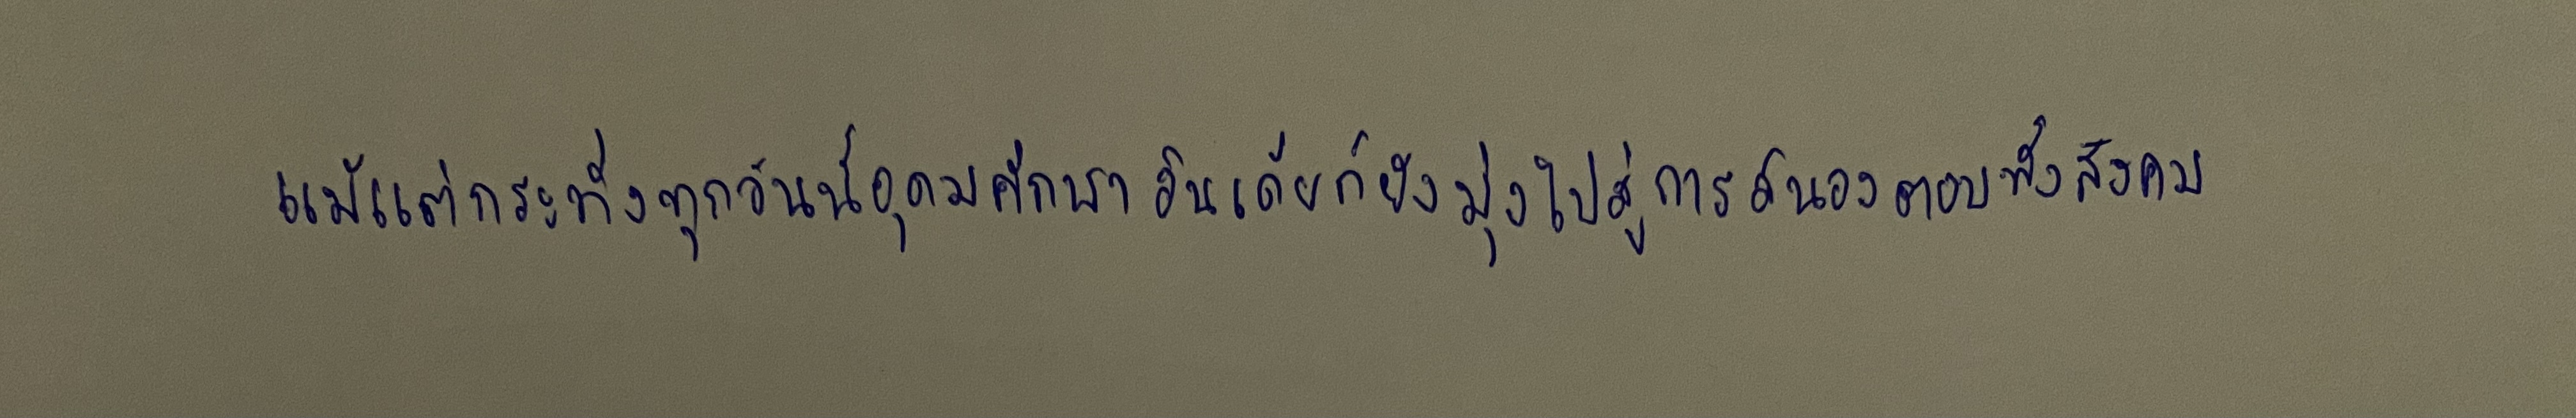
แม้แต่กระทั่งทุกวันนี้อุดมศึกษาอินเดียก็ยังมุ่งไปสู่การสนองตอบทั้งสังคม